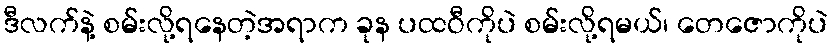
ဒီလက်နဲ့ စမ်းလို့ရနေတဲ့အရာက ခုန ပထဝီကိုပဲ စမ်းလို့ရမယ်၊ တေဇောကိုပဲ